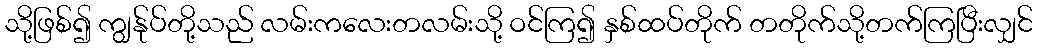
သို့ဖြစ်၍ ကျွန်ုပ်တို့သည် လမ်းကလေးတလမ်းသို့ ဝင်ကြ၍ နှစ်ထပ်တိုက် တတိုက်သို့တက်ကြပြီးလျှင်